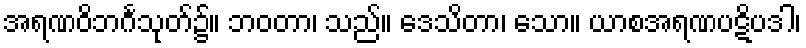
အရဏဝိဘင်္ဂသုတ်၌။ ဘဝတာ၊ သည်။ ဒေသိတာ၊ သော။ ယာစအရဏပဋိပဒါ၊